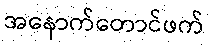
အနောက်တောင်ဖက်